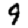
Digit: 9